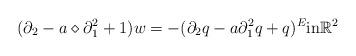
LaTeX: \begin{align*}(\partial_2 - a \diamond \partial_1^2 +1 ) w & = - ( \partial_2q - a \partial_1^2q + q )^E \textrm{in} \mathbb{R}^2\end{align*}